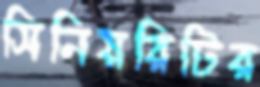
সিনিয়রিটির